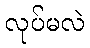
လုပ်မလဲ